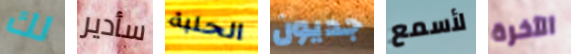
لك سأدير الحلبة جديون لأسمع الآخرة